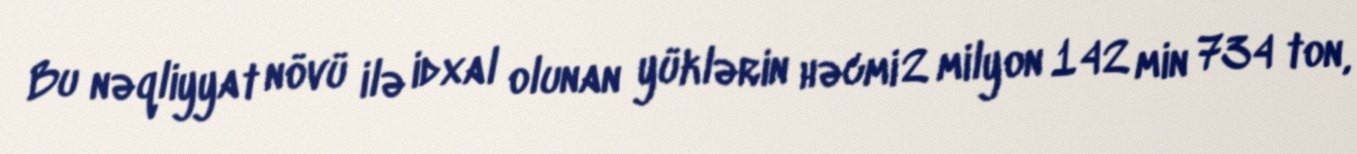
Bu nəqliyyat növü ilə idxal olunan yüklərin həcmi 2 milyon 142 min 734 ton,